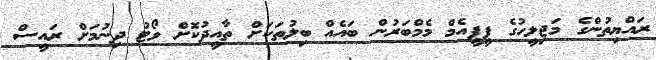
ރައްޔިތުންގެ މަޖިލީހުގެ ޕީޕީއެމް މެމްބަރުން ބައެއް ބިލުތަކަށް ތާއީދުކޮށް ވޯޓު ދިނުމަށް ރައީސް